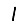
Digit: 1